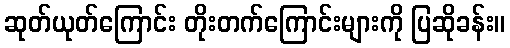
ဆုတ်ယုတ်ကြောင်း တိုးတက်ကြောင်းများကို ပြဆိုခန်း။